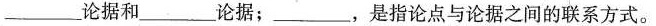
有___论据和___论据；___，是指论点与论据之间的联系方式。